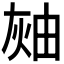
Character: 𤉓